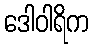
ဒေါဝါရိက